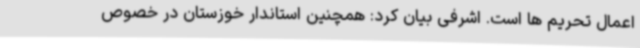
اعمال تحریم ها است. اشرفی بیان کرد: همچنین استاندار خوزستان در خصوص